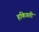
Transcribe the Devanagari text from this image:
हकिगती